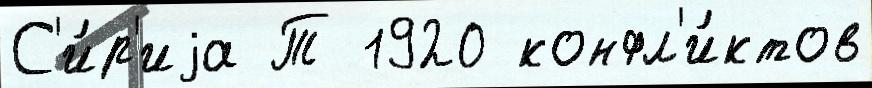
С'и́р'иjа Т 1920 конфл'и́ктов